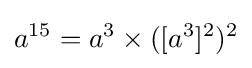
a^{15}=a^{3}\times ([a^{3}]^{2})^{2}